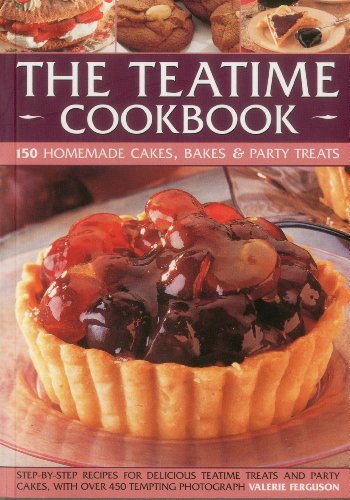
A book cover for The Teatime Cookbook - 150 Homemade Cakes, Bakes & Party Treats: Delectable recipes for afternoon teas and party cakes, shown in 450 step-by-step photographs; Valerie Ferguson; Cookbooks, Food & Wine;